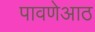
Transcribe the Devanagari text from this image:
पावणेआठ